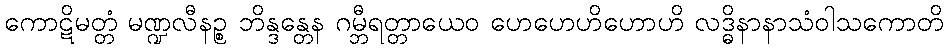
ကောဋိမတ္တံ မဏ္ဍလီနဉ္စ ဘိန္ဒန္တေန ဂမ္ဘီရတ္တာယေဝ ဟေဟေဟိဟောဟိ လဒ္ဓိနာနာသံဝါသကောတိ